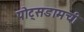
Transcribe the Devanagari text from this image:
पोट्सडामची